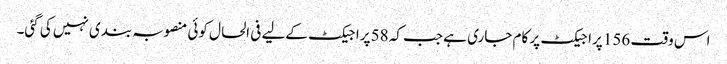
اس وقت 156 پراجیکٹ پر کام جاری ہے جب کہ 58 پراجیکٹ کےلیے فی الحال کوئی منصوبہ بندی نہیں کی گئی۔